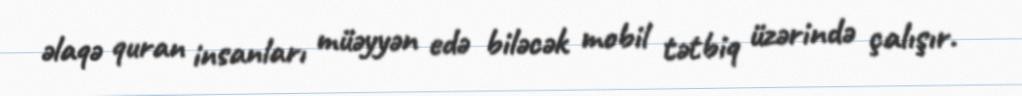
əlaqə quran insanları müəyyən edə biləcək mobil tətbiq üzərində çalışır.